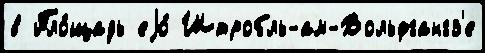
в Пло́щадь еjо́ Штробль-ам-Вольфгангз'е